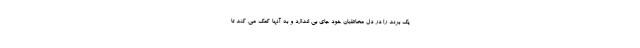
یک برند را در دل مخاطبان خود جای بی اندازد و به آنها کمک می کند تا